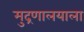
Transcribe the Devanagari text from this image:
मुद्रणालयाला